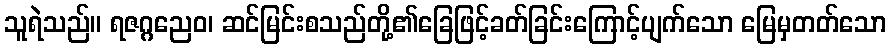
သူရဲသည်။ ရဇဂ္ဂညေဝ၊ ဆင်မြင်းစသည်တို့၏ခြေဖြင့်ခတ်ခြင်းကြောင့်ပျက်သော မြေမှတတ်သော